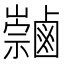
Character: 𪉻